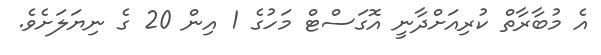
އެ މުބާރާތް ކުރިއަށްދާނީ އޮގަސްޓް މަހުގެ 1 އިން 20 ގެ ނިޔަލަށެވެ.